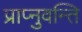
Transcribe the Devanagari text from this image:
प्राप्नुवन्ति